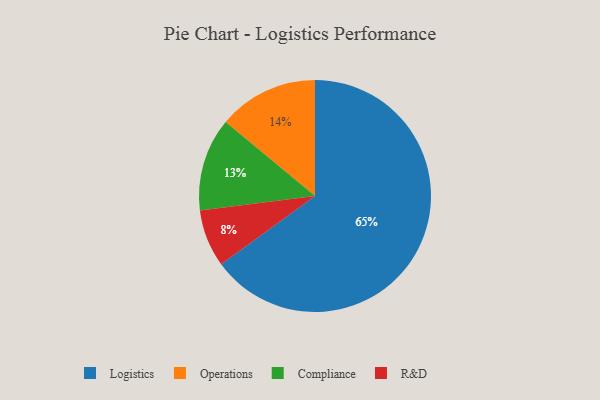
{"axis": {"x": "Category", "y": "Percentage"}, "legend": ["Compliance", "Logistics", "Operations", "R&D"], "data": [{"x": "Compliance", "y": 13, "type": "Compliance"}, {"x": "Logistics", "y": 65, "type": "Logistics"}, {"x": "Operations", "y": 14, "type": "Operations"}, {"x": "R&D", "y": 8, "type": "R&D"}]}